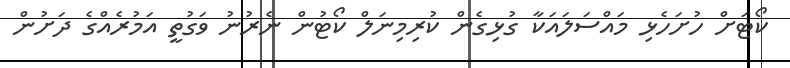
ކޯޓަށް ހުށަހެޅި މައްސަލައަކާ ގުޅިގެން ކުރިމިނަލް ކޯޓުން ނެރުނު ވަގުތީ އަމުރެއްގެ ދަށުން